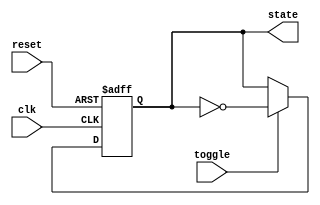
module fsm_example (
    input wire clk,         // Clock signal
    input wire reset,       // Asynchronous reset signal
    input wire toggle,      // Input signal to toggle states
    output reg state        // Output state
);

// State encoding
localparam STATE_0 = 1'b0;
localparam STATE_1 = 1'b1;

// Initial state
initial begin
    state = STATE_0;
end

// Event-controlled block
always @(posedge clk or posedge reset) begin
    if (reset) begin
        // Reset state to initial state
        state <= STATE_0;
    end else if (toggle) begin
        // Toggle state on input signal
        state <= ~state; // Non-blocking assignment to change state
    end
end

endmodule